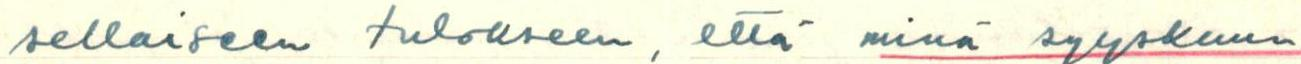
sellaiseen tulokseen, että minä syyskuun